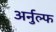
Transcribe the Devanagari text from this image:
अर्नुल्फ